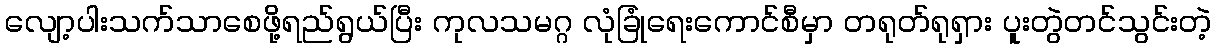
လျော့ပါးသက်သာစေဖို့ရည်ရွယ်ပြီး ကုလသမဂ္ဂ လုံခြုံရေးကောင်စီမှာ တရုတ်ရုရှား ပူးတွဲတင်သွင်းတဲ့